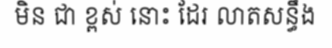
មិន ជា ខ្ពស់ នោះ ដែរ លាតសន្ធឹង